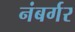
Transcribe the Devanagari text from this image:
नंबर्गर